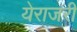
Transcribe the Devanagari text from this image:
येराजरी